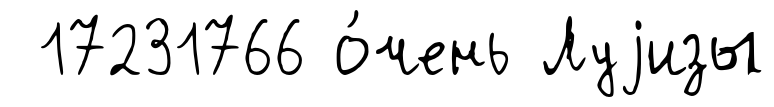
17231766 о́чень Луjизы